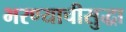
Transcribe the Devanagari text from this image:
भरण्याचीसुद्धा